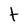
Character: t